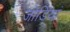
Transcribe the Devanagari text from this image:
जोडियां